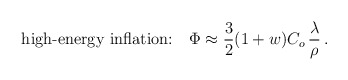
\begin{align*}\mbox{high-energy inflation:}~~~\Phi \approx{3\over2}(1+w)C_o\,{\lambda\over \rho}\,. \end{align*}